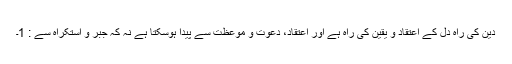
دین کی راہ دل کے اعتقاد و یقین کی راہ ہے اور اعتقاد، دعوت و موعظت سے پیدا ہوسکتا ہے نہ کہ جبر و استکراہ سے : 1۔